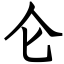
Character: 仑